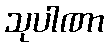
သုပါဏာ